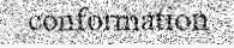
conformation